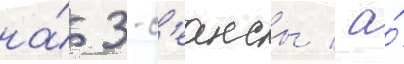
на́ 3-с'еансы / а́